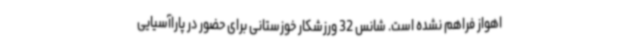
اهواز فراهم نشده است. شانس 32 ورزشکار خوزستانی برای حضور در پاراآسیایی